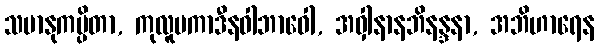
သမာနုကမ္ပိတာ, ကုလူပကာဒီနဝါဘာဝေါ, အဝှါနာနဘိနန္ဒနာ, အဘိဟာရေန